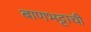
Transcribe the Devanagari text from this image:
बाणभट्टाची